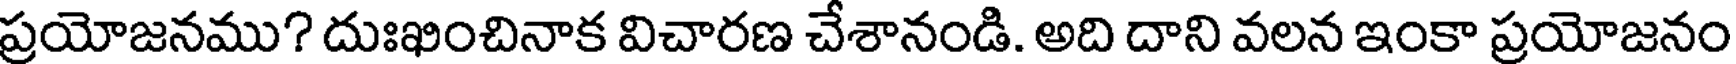
ప్రయోజనము? దుఃఖించినాక విచారణ చేశానండి. అది దాని వలన ఇంకా ప్రయోజనం